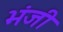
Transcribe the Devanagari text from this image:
भंजी